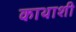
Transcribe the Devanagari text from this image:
काथाशी